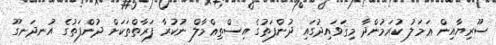
ސޫރިޔާއިން ޢަމަލު ކުރަމުންދާ މިޤަވައިދުގައި ދުންފަތުގެ އިސްތިޢްމާލް ނުކުރާ ފަރާތްތަކަށް ދުންފަތުގެ އުނދަނގޫ